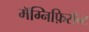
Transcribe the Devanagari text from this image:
मॅग्निफ़िसॅन्ट